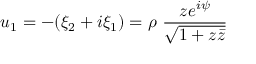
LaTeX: u _ { 1 } = - ( \xi _ { 2 } + i \xi _ { 1 } ) = \rho ~ \frac { z e ^ { i \psi } } { \sqrt { 1 + z \bar { z } } }